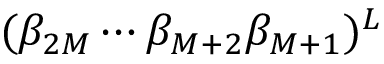
( \beta _ { 2 M } \cdots \beta _ { M + 2 } \beta _ { M + 1 } ) ^ { L }